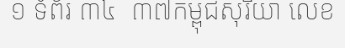
១ ទំព័រ ៣៤  ៣៧កម្ពុជសុរិយា លេខ